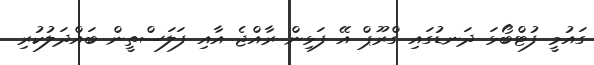
ގައުމީ ފުޓްބޯޅަ ދަނޑުގައި ގްރޫޕް އޭ ފަޅިން ރާއްޖެ އާއި ފަލަސްތީން ބައްދަލުކުރި